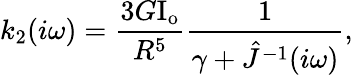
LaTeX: k_{2}(i\omega)=\frac{3G\mathrm{{I}_{o}}}{R^{5}}\frac{1}{\gamma+\hat{J}^{-1}(i\omega)},